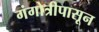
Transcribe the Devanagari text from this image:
गंगोत्रीपासून